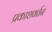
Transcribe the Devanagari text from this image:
प्रकाशवर्तन